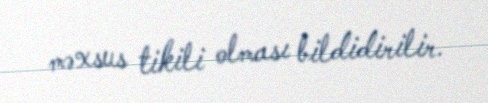
məxsus tikili olması bildidirilir.